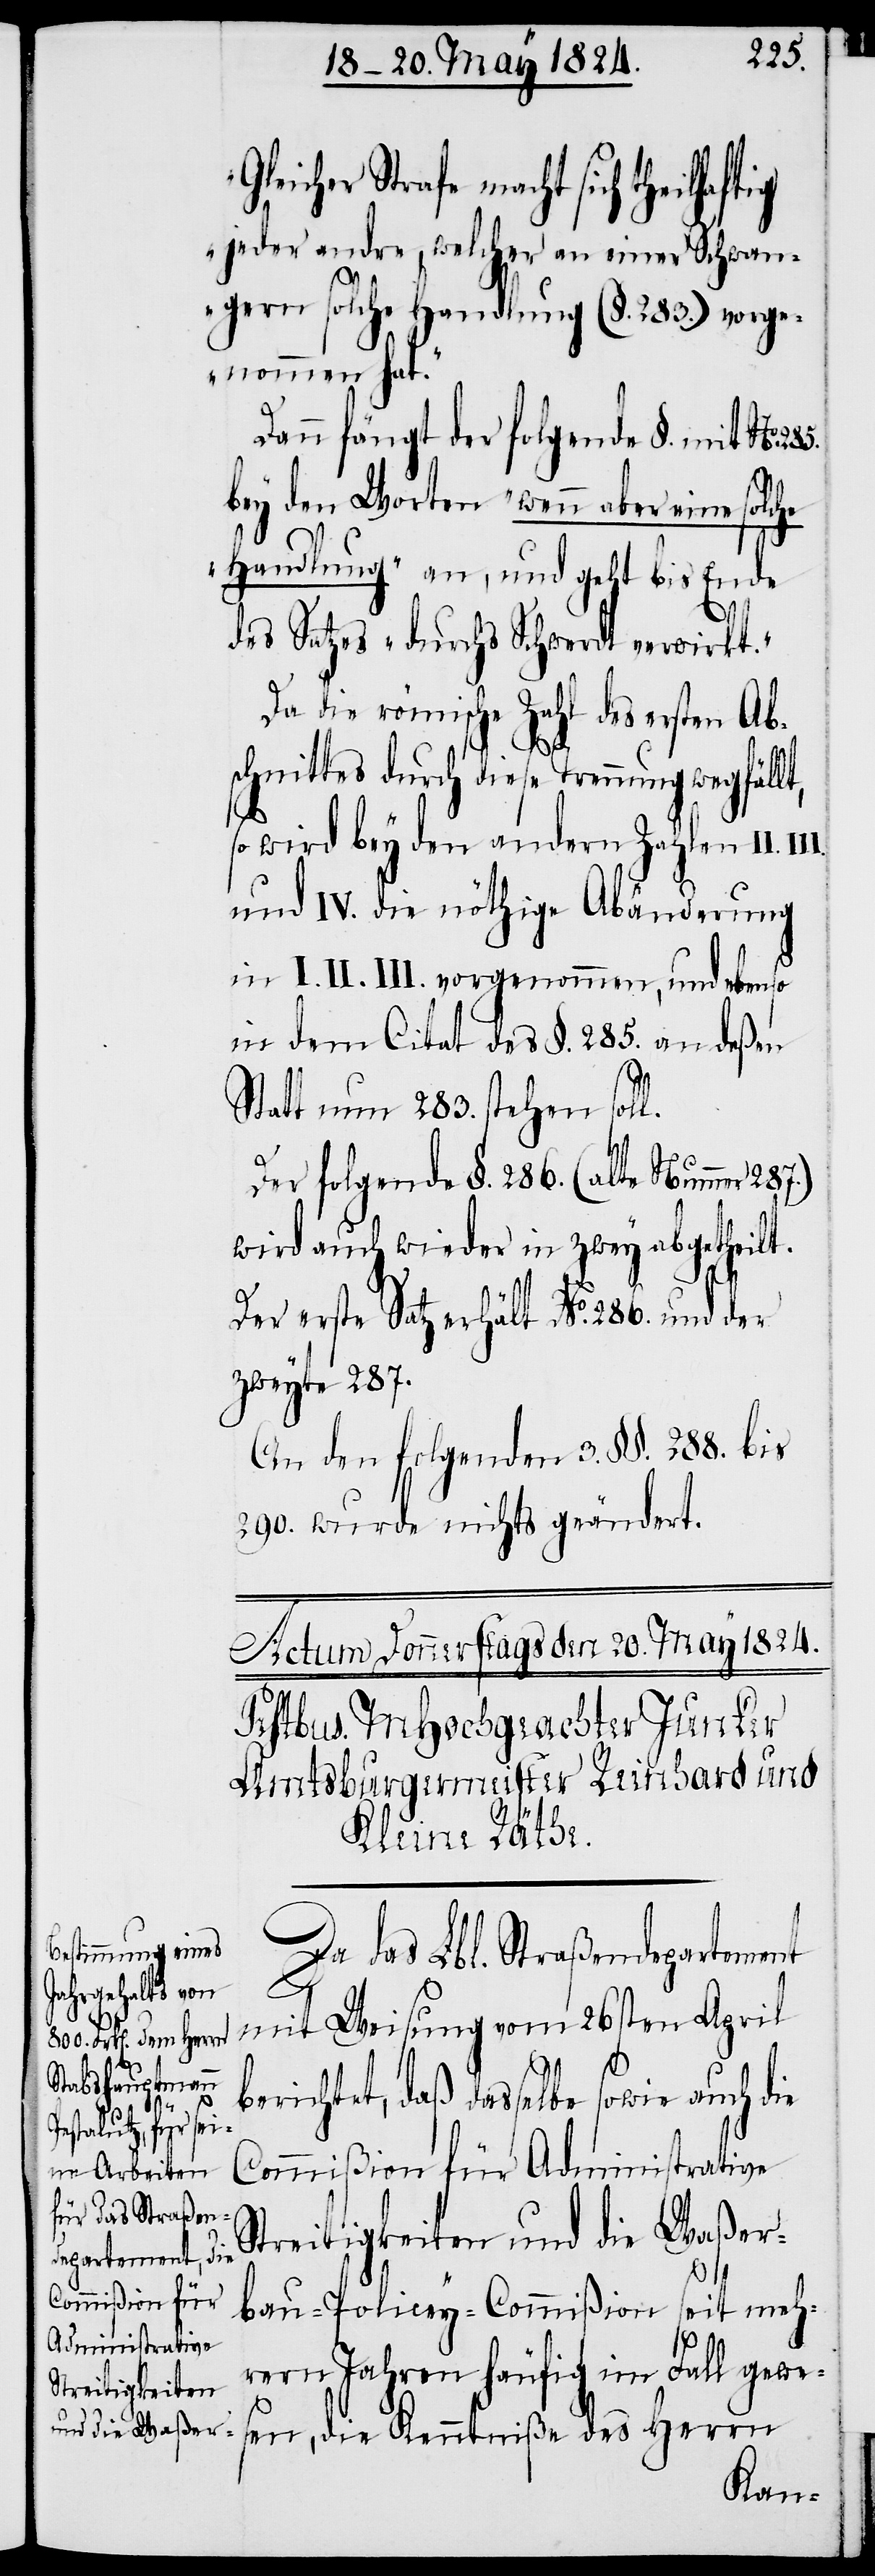
„G¬
tig

285.
leicher Strafe macht sich theilhaf¬
jeder andre, welcher an einer Schwan¬
gern solche Handlung (§. 283.) vorge¬
nommen hat.“
Dann fängt der folgende §. mit No.
bey den Worten „wenn aber eine solche
Handlung“ an, und geht bis Ende
des Satzes „durchs Schwerdt verwirkt.“
Da die römische Zahl des ersten Ab¬
schnittes durch diese Trennung wegfällt,
so wird bey den andern Zahlen II.
und IV. die nöthige Abänderung
in I. II. III. vorgenommen, und ebenso
in dem Citat des §. 285. an deßen
Statt nun 283. stehen soll.
Der folgende §. 286. (alte Nummer 287.)
wird auch wieder in zwey abgetheilt.
Der erste Satz erhält No. 286. und der
zweyte 287.
An den folgenden 3. §§. 288 bis
290. wurde nichts geändert.
Da das Lbl. Straßendepartement
mit Weisung vom 26sten April
berichtet, daß dasselbe sowie auch die
Commißion für Administrative
Streitigkeiten und die Waßer¬
bau-Policey-Commißion seit meh¬
rern Jahren häufig im Fall gewe¬
sen, die Kenntniße des Herrn